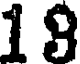
1